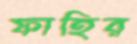
ফাহির